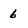
Character: 6